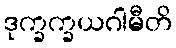
ဒုက္ခက္ခယဂါမီတိ